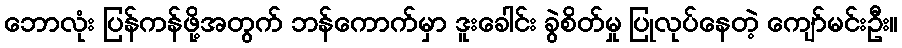
ဘောလုံး ပြန်ကန်ဖို့အတွက် ဘန်ကောက်မှာ ဒူးခေါင်း ခွဲစိတ်မှု ပြုလုပ်နေတဲ့ ကျော်မင်းဦး။